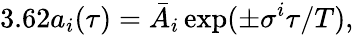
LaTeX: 3.62{a_{i}}(\tau)=\bar{A}_{i}\exp(\pm\sigma^{i}\tau/T),